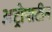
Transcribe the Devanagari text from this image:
अट्रोपाटीन